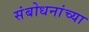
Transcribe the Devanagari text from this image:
संबोधनांच्या